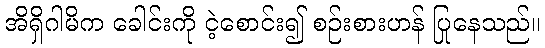
အိရှိဂါမိက ခေါင်းကို ငဲ့စောင်း၍ စဉ်းစားဟန် ပြုနေသည်။